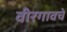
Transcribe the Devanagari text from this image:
वीरगावचे